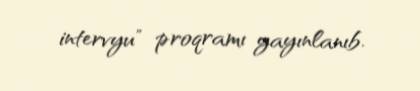
intervyu" proqramı yayınlanıb.